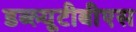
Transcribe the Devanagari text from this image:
डब्ल्यूटीबीएस